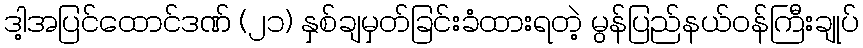
ဒါ့အပြင်ထောင်ဒဏ် (၂၁) နှစ်ချမှတ်ခြင်းခံထားရတဲ့ မွန်ပြည်နယ်ဝန်ကြီးချုပ်